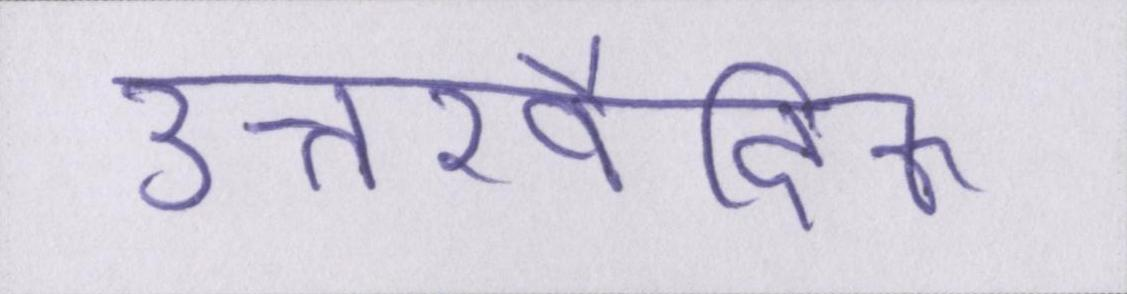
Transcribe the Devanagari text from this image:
उत्तरवैदिक